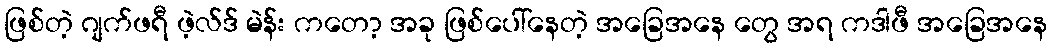
ဖြစ်တဲ့ ဂျက်ဖရီ ဖဲ့လ်ဒ် မဲန်း ကတော့ အခု ဖြစ်ပေါ်နေတဲ့ အခြေအနေ တွေ အရ ကဒါဖီ အခြေအနေ